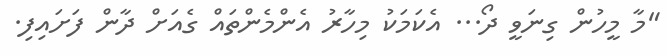
"މާ މީހުން ގިނަވީ ދޯ... އެކަމަކު މިހާރު އެންމެންތައް ގެއަށް ދާން ފަށައިފި.